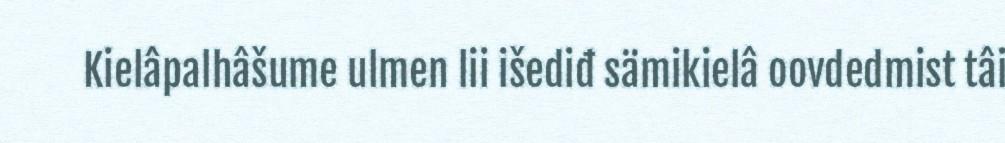
Kielâpalhâšume ulmen lii išediđ sämikielâ oovdedmist tâi